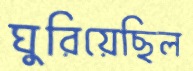
ঘুরিয়েছিল